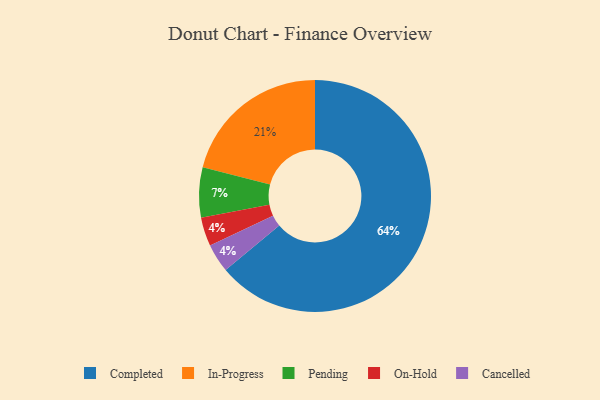
{"axis": {"x": "Category", "y": "Percentage"}, "legend": ["Cancelled", "Completed", "In-Progress", "On-Hold", "Pending"], "data": [{"x": "In-Progress", "y": 21, "type": "In-Progress"}, {"x": "Completed", "y": 64, "type": "Completed"}, {"x": "On-Hold", "y": 4, "type": "On-Hold"}, {"x": "Pending", "y": 7, "type": "Pending"}, {"x": "Cancelled", "y": 4, "type": "Cancelled"}]}